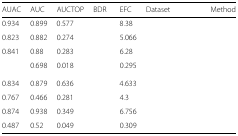
<table><thead><tr><td><b>AUAC</b></td><td><b>AUC</b></td><td><b>AUCTOP</b></td><td><b>BDR</b></td><td><b>EFC</b></td><td><b>Dataset</b></td><td><b>Method</b></td></tr></thead><tbody><tr><td>0.934</td><td>0.899</td><td>0.577</td><td>[EMPTY_CELL]</td><td>8.38</td><td>[EMPTY_CELL]</td><td>[EMPTY_CELL]</td></tr><tr><td>0.823</td><td>0.882</td><td>0.274</td><td>[EMPTY_CELL]</td><td>5.066</td><td>[EMPTY_CELL]</td><td>[EMPTY_CELL]</td></tr><tr><td>0.841</td><td>0.88</td><td>0.283</td><td>[EMPTY_CELL]</td><td>6.28</td><td>[EMPTY_CELL]</td><td>[EMPTY_CELL]</td></tr><tr><td>[EMPTY_CELL]</td><td>0.698</td><td>0.018</td><td>[EMPTY_CELL]</td><td>0.295</td><td>[EMPTY_CELL]</td><td>[EMPTY_CELL]</td></tr><tr><td>0.834</td><td>0.879</td><td>0.636</td><td>[EMPTY_CELL]</td><td>4.633</td><td>[EMPTY_CELL]</td><td>[EMPTY_CELL]</td></tr><tr><td>0.767</td><td>0.466</td><td>0.281</td><td>[EMPTY_CELL]</td><td>4.3</td><td>[EMPTY_CELL]</td><td>[EMPTY_CELL]</td></tr><tr><td>0.874</td><td>0.938</td><td>0.349</td><td>[EMPTY_CELL]</td><td>6.756</td><td>[EMPTY_CELL]</td><td>[EMPTY_CELL]</td></tr><tr><td>0.487</td><td>0.52</td><td>0.049</td><td>[EMPTY_CELL]</td><td>0.309</td><td>[EMPTY_CELL]</td><td>[EMPTY_CELL]</td></tr></tbody></table>